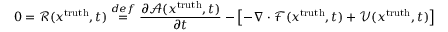
0 = \mathcal { R } ( x ^ { \mathrm { { t r u t h } } } , t ) \overset { d e f } { = } \frac { \partial \mathcal { A } ( x ^ { \mathrm { { t r u t h } } } , t ) } { \partial t } - \left[ - \nabla \cdot \mathcal { F } ( x ^ { \mathrm { { t r u t h } } } , t ) + \mathcal { V } ( x ^ { \mathrm { { t r u t h } } } , t ) \right]